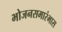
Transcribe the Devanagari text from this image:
भोजनसमारंभास